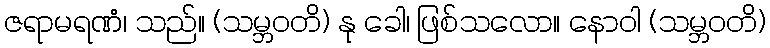
ဇရာမရဏံ၊ သည်။ (သမ္ဘဝတိ) နု ခေါ၊ ဖြစ်သလော။ နောဝါ (သမ္ဘဝတိ)